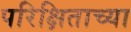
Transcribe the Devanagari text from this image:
परिक्षिताच्या